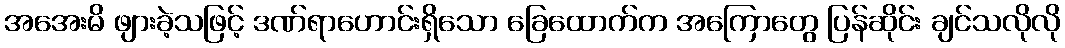
အအေးမိ ဖျားခဲ့သဖြင့် ဒဏ်ရာဟောင်းရှိသော ခြေထောက်က အကြောတွေ ပြန်ဆိုင်း ချင်သလိုလို